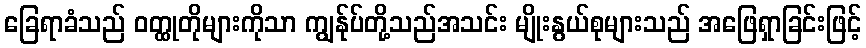
ခြေရာခံသည် ဝတ္ထုတိုများကိုသာ ကျွန်ုပ်တို့သည်အသင်း မျိုးနွယ်စုများသည် အဖြေရှာခြင်းဖြင့်